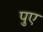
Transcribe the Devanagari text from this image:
पुए